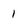
Character: 1